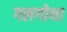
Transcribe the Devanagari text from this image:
गलगोथा